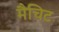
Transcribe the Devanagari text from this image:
मैचिट